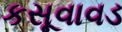
કસૂવાવડ